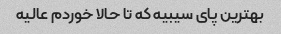
بهترین پای سیبیه که تا حالا خوردم عالیه